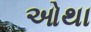
ઓથા